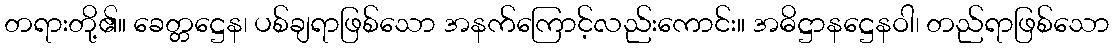
တရားတို့၏။ ခေတ္တဋ္ဌေန၊ ပစ်ချရာဖြစ်သော အနက်ကြောင့်လည်းကောင်း။ အဓိဋ္ဌာနဋ္ဌေနဝါ၊ တည်ရာဖြစ်သော